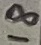
Text: 18